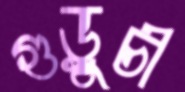
গুড়ুচী